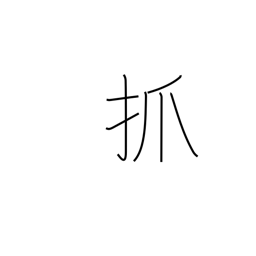
Meaning: pick